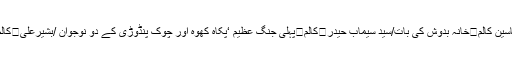
گل احمد یاسین کالم	خانہ بدوش کی بات/سید سیماب حیدر	کالم	پہلی جنگ عظیم ‘پکاہ کھوہ اور چوک پنڈوڑی کے دو نوجوان /بشیرعلی	کالم	دھرنا !